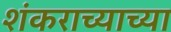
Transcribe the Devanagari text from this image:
शंकराच्याच्या